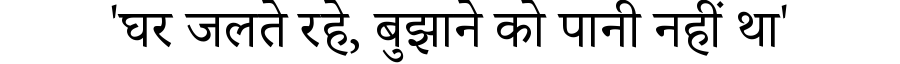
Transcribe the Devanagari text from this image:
'घर जलते रहे, बुझाने को पानी नहीं था'